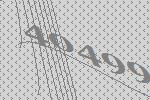
40499